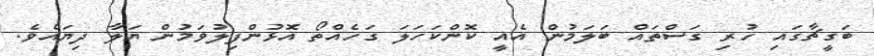
ބަގީޗާގައި ހުރި ގަސްތައް ބަލަމުން އެއީ ކޮންކަހަލަ ގަހެއްތޯ އޮޅުންފިލުވަމުން ޔަލާ ދިޔައެވެ.